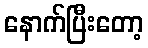
နောက်ပြီးတော့